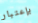
بإعتبار